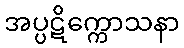
အပ္ပဋိက္ကောသနာ